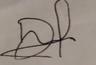
Signature authenticity: forged